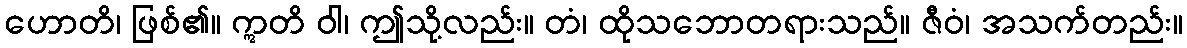
ဟောတိ၊ ဖြစ်၏။ ဣတိ ဝါ၊ ဤသို့လည်း။ တံ၊ ထိုသဘောတရားသည်။ ဇီဝံ၊ အသက်တည်း။